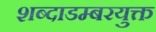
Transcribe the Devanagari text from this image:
शब्दाडम्बरयुक्त